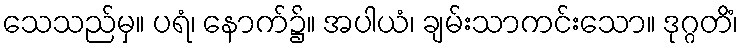
သေသည်မှ။ ပရံ၊ နောက်၌။ အပါယံ၊ ချမ်းသာကင်းသော။ ဒုဂ္ဂတိံ၊